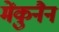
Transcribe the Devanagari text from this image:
मेंकुनैन